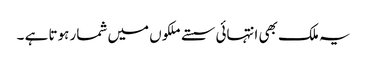
یہ ملک بھی انتہائی سستے ملکوں میں شمار ہوتا ہے ۔